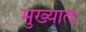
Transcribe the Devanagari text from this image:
मुख्यातः